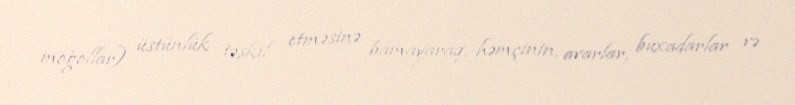
moğollar) üstünlük təşkil etməsinə bamayaraq, həmçinin, avarlar, buxadarlar və